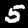
Digit: 5